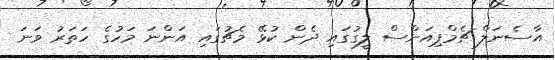
އާސެނަލް ޗެމްޕިއަންސް ލީގުގައި ދެން ކުޅޭ މެޗުގައި އަންނަ މަހުގެ ހަތަރު ވަނަ